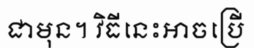
ជាមុន។ វិធីនេះអាចប្រើ